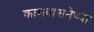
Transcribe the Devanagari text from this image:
कामवासनेच्या